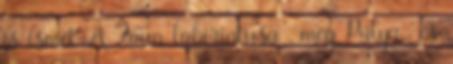
is ismét A Faun labirintusa , meg Pálya- és